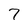
Character: 7